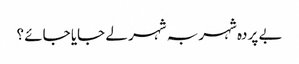
بے پردہ شہر بہ شہر لے جایا جائے ؟